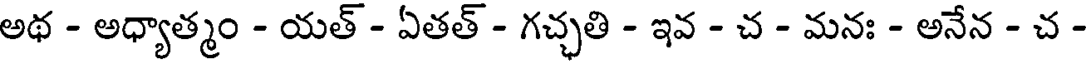
అథ - అధ్యాత్మం - యత్ - ఏతత్ - గచ్చతి - ఇవ - చ - మనః - అనేన - చ -